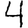
Digit: 4